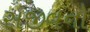
સજીવનો